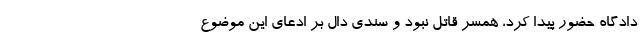
دادگاه حضور پیدا کرد، همسر قاتل نبود و سندی دال بر ادعای این موضوع